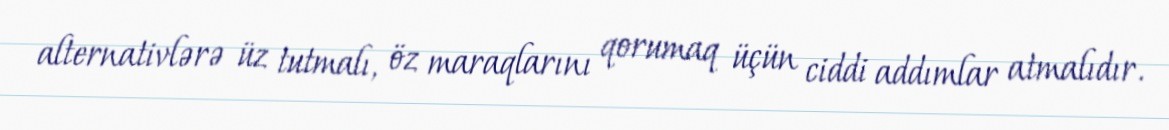
alternativlərə üz tutmalı, öz maraqlarını qorumaq üçün ciddi addımlar atmalıdır.